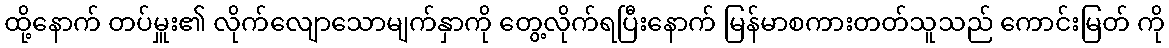
ထို့နောက် တပ်မှူး၏ လိုက်လျောသောမျက်နှာကို တွေ့လိုက်ရပြီးနောက် မြန်မာစကားတတ်သူသည် ကောင်းမြတ် ကို